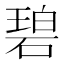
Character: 碧